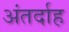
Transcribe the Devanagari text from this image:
अंतर्दाह